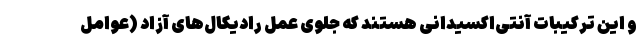
و این ترکیبات آنتی‌اکسیدانی هستند که جلوی عمل رادیکال‌های آزاد (عوامل